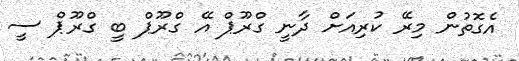
އެގޮތުން މިރޭ ކުރިއަށް ދާނީ ގްރޫޕް އޭ ގްރޫޕް ބީ ގްރޫޕް ސީ